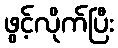
ဖွင့်လိုက်ပြီး